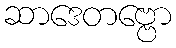
ဆာဒေတဗ္ဗော